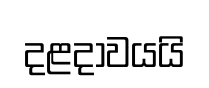
දළදාවයයි